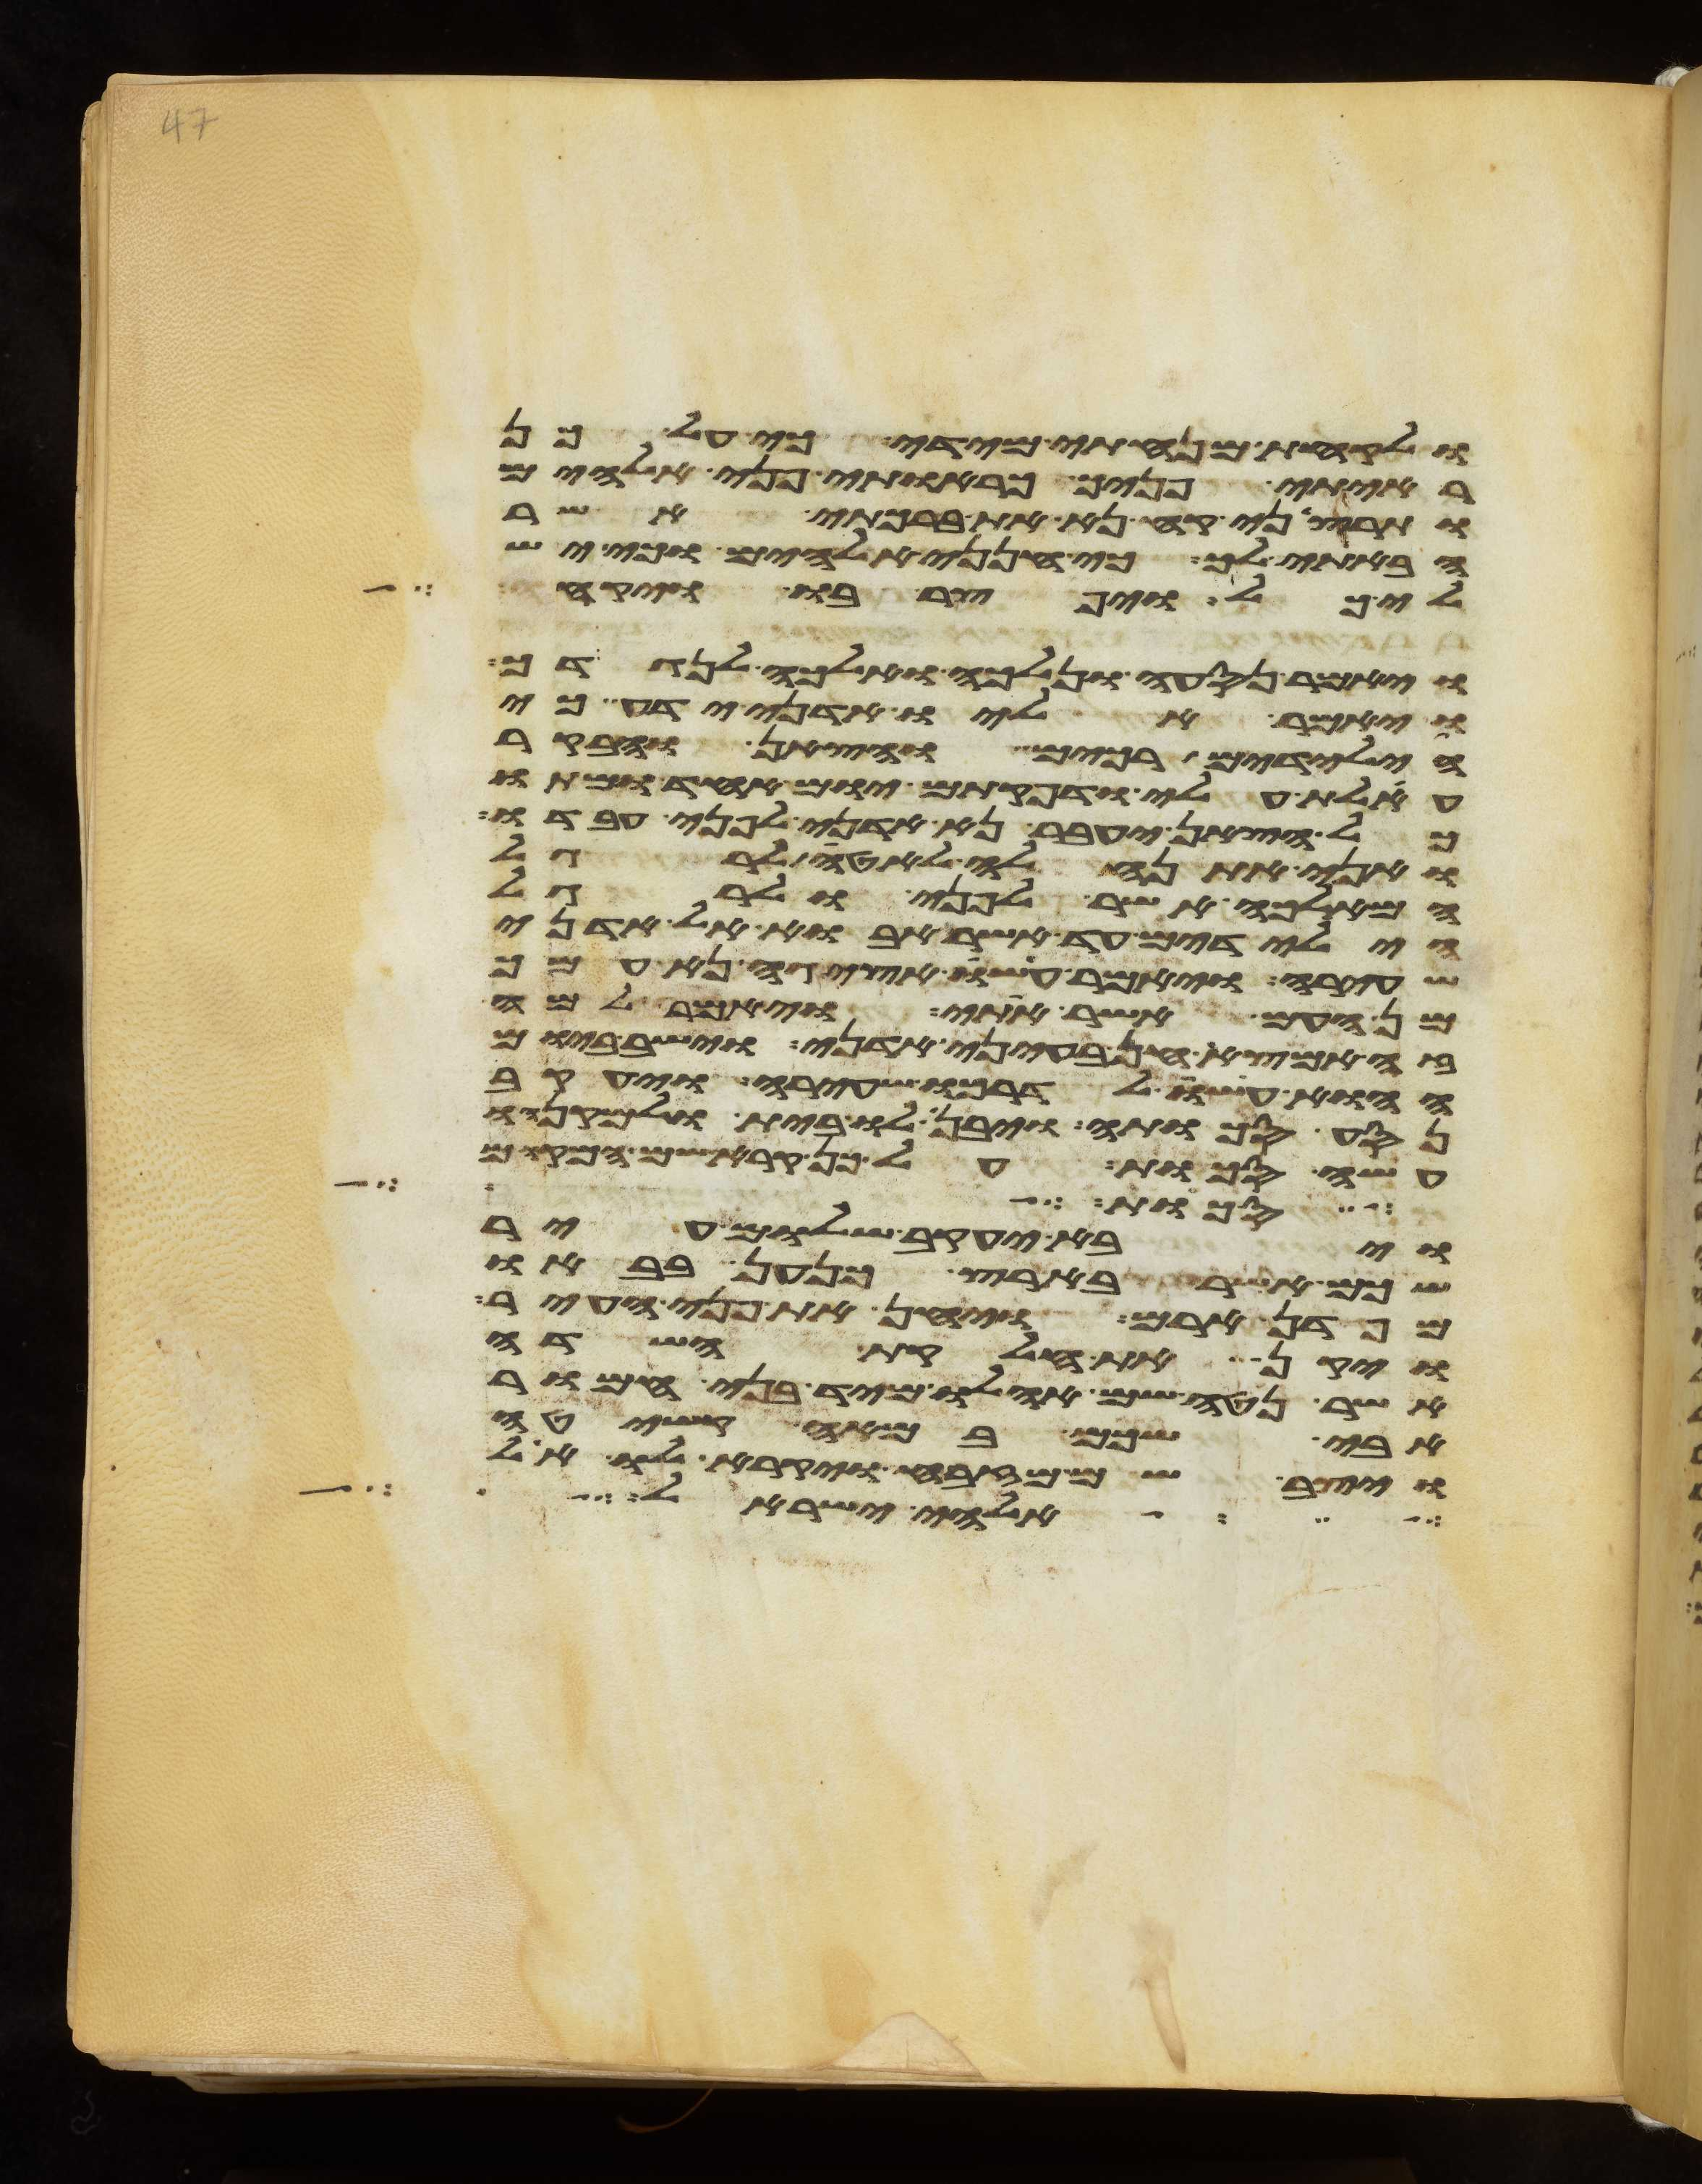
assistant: ולקחת מנחתי מידי כי על כן
ראיתי פניך כראות פני אלהים
ותרצני קח נא את ברכתי אשר
הבאתי לך כי חנני אלהים וכי יש
לי כל ויפצר בו ויקח
ויאמר נסעה ונלכה ואלכה לנגדך
ויאמר אליו אדני ידע כי
הילדים רכים והצאן והבקר
אעלת עלי ודפקתים יום אחד ומתו
כל הצאן יעבר נא אדני לפני עבדו
ואני אתנהלה לאטי לרגל
המלאכה אשר לפני ולרגל
הילדים עד אשר אבוא אל אדני
שעירה ויאמר עשו אציגה נא עמך
מן העם אשר אתי ויאמר למה
זה אמצא חן בעיני אדני וישב ביום
ההוא עשו לדרכו שעירה ויעקב
נסע סכותה ויבן לו בית ולמקנהו
עשה סכות על כן קרא שם המקום
סכות על
ויבא יעקב שלום עיר
שכם אשר בארץ כנען בבאו
מפדן ארם ויחן את פני העיר
ויקן את חלקת השדה
אשר נטה שם אהלו מיד בני חמור
אבי שכם במאה קשיטה
ויצב שם מזבח ויקרא לו אל
אלהי ישראל